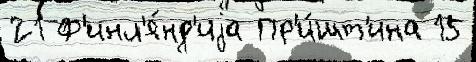
21 Ф'инл'я́нд'иjа Пр'и́шт'ина 15